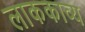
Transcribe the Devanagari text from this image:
लाककाव्य